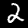
Digit: 2